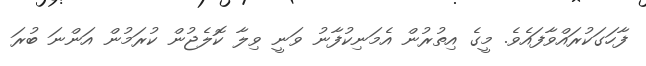
ފާހަގަކުރައްވާފައެވެ. މީގެ އިތުރުން އެމަނިކުފާނު ވަނީ ވިލާ ކޮލެޖުން ކުރަމުން އަންނަ ބުރަ